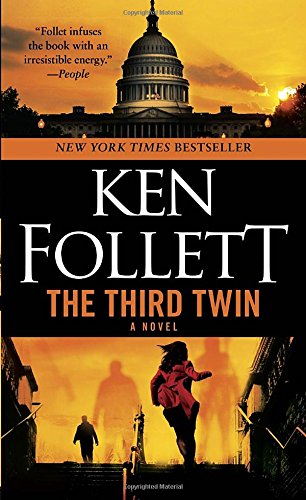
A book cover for The Third Twin; Ken Follett; Mystery, Thriller & Suspense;